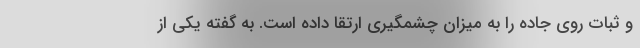
و ثبات روی جاده را به میزان چشمگیری ارتقا داده است. به گفته یکی از